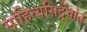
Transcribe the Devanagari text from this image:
साहित्यसिद्धांत